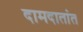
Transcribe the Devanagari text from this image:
दामदातांत